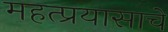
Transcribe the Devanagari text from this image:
महत्प्रयासाचे